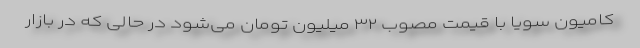
کامیون سویا با قیمت مصوب ۳۲ میلیون تومان می‌شود در حالی که در بازار